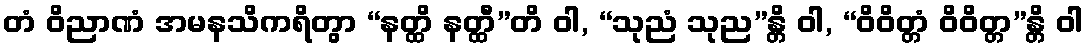
တံ ဝိညာဏံ အမနသိကရိတွာ “နတ္ထိ နတ္ထီ”တိ ဝါ, “သုညံ သုည”န္တိ ဝါ, “ဝိဝိတ္တံ ဝိဝိတ္တ”န္တိ ဝါ